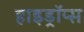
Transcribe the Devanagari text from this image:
हाइड्रॉप्स